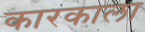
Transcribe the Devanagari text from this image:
कारकाला